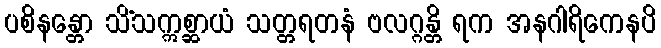
ပစိနန္တော သိံသဣစ္ဆာယံ သတ္တရတနံ ဗလဂ္ဂန္တိ ရက အနဂါရိကေနပိ